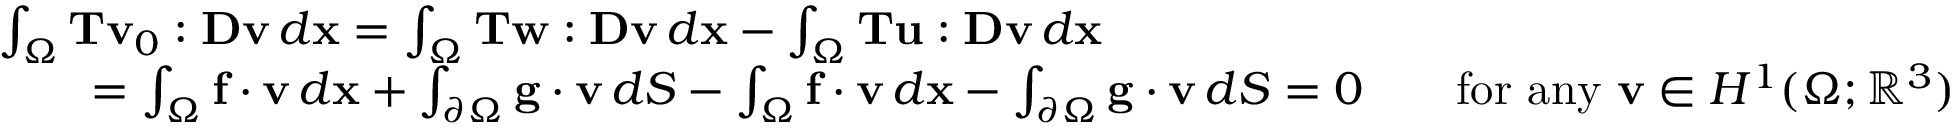
\begin{array} { r l } & { \int _ { \Omega } { \bf T } { \bf v } _ { 0 } : { \bf D } { \bf v } \, d { \bf x } = \int _ { \Omega } { \bf T } { \bf w } : { \bf D } { \bf v } \, d { \bf x } - \int _ { \Omega } { \bf T } { \bf u } : { \bf D } { \bf v } \, d { \bf x } } \\ & { \qquad = \int _ { \Omega } { \bf f } \cdot { \bf v } \, d { \bf x } + \int _ { \partial \Omega } { \bf g } \cdot { \bf v } \, d S - \int _ { \Omega } { \bf f } \cdot { \bf v } \, d { \bf x } - \int _ { \partial \Omega } { \bf g } \cdot { \bf v } \, d S = 0 \qquad \mathrm { f o r ~ a n y ~ } { \bf v } \in H ^ { 1 } ( \Omega ; \mathbb { R } ^ { 3 } ) } \end{array}